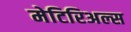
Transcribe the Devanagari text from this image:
मेटिरिअल्स